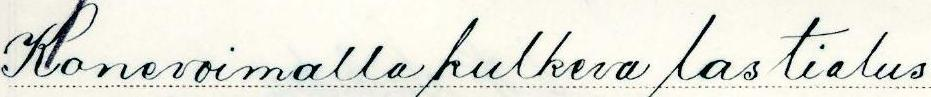
Konevoimalla kulkeva lastialus